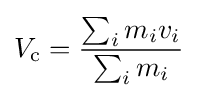
V_{\text{c}}={\frac {\sum _{i}m_{i}v_{i}}{\sum _{i}m_{i}}}